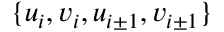
\{ u _ { i } , v _ { i } , u _ { i \pm 1 } , v _ { i \pm 1 } \}